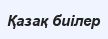
Қазақ биілер